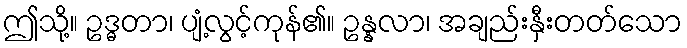
ဤသို့။ ဥဒ္ဓတာ၊ ပျံ့လွင့်ကုန်၏။ ဥန္နလာ၊ အချည်းနှီးတတ်သော